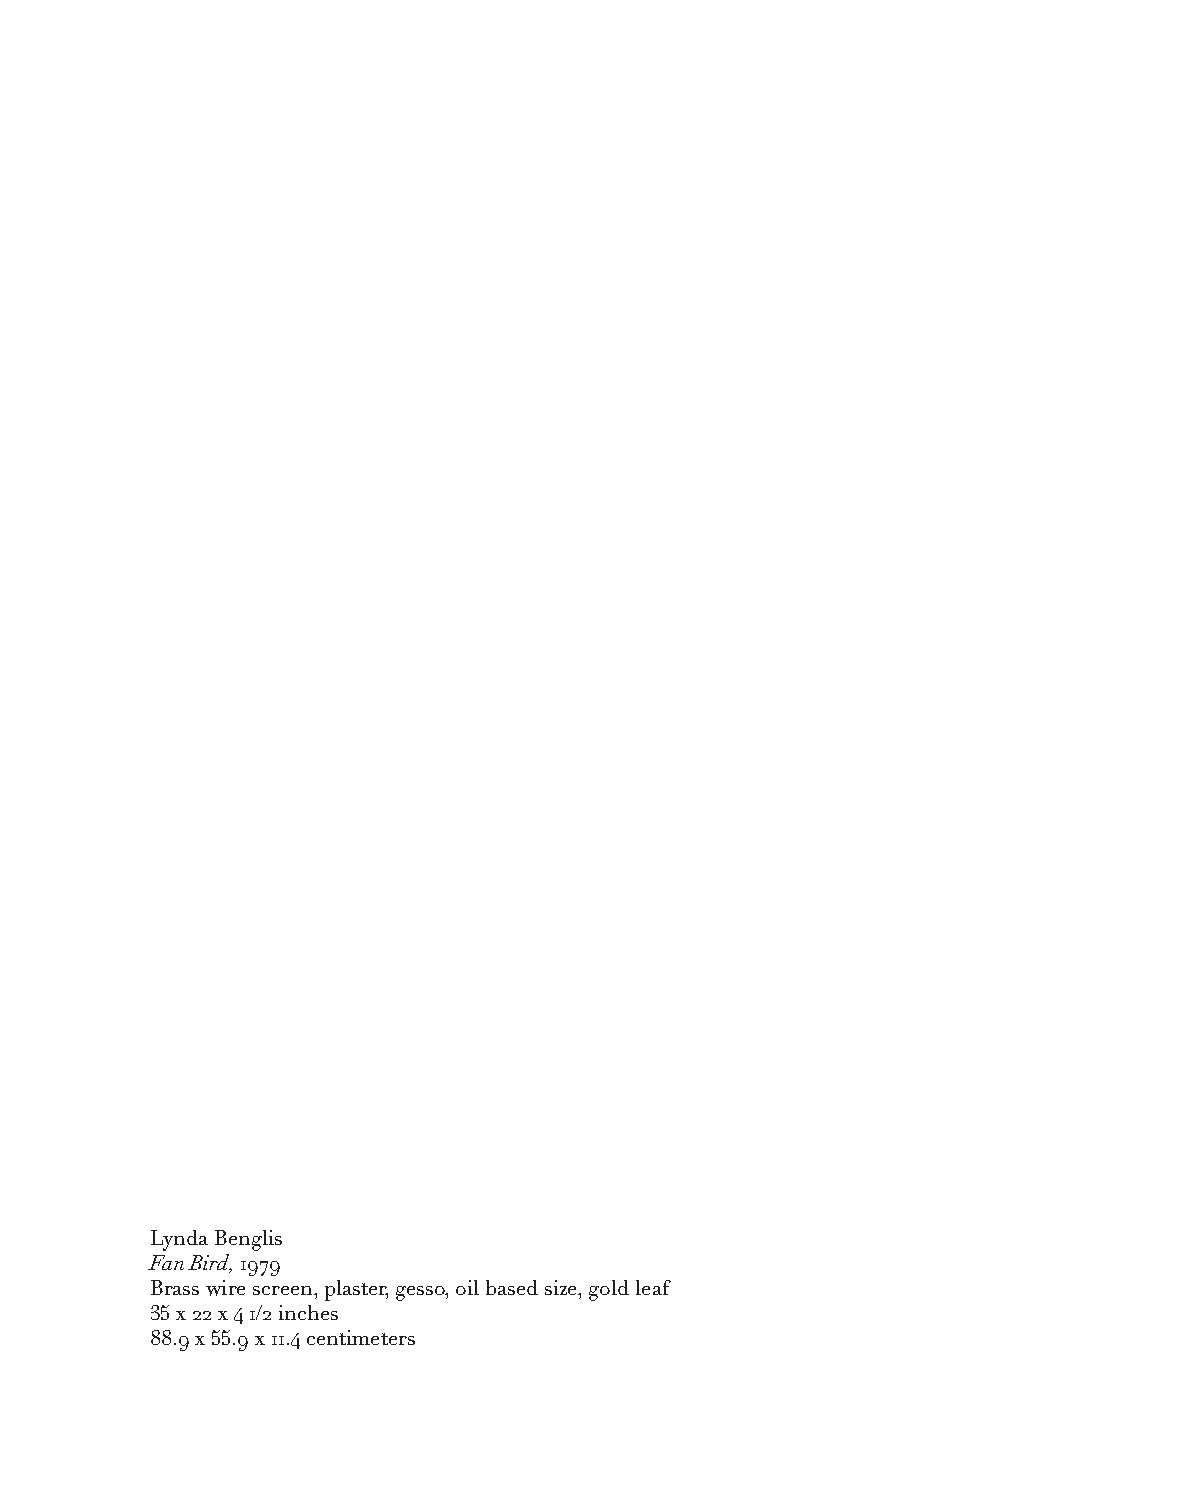
Lynda Benglis
 Fan Bird, 1979
 Brass wire screen, plaster, gesso, oil based size, gold leaf
 35 x 22 x 4 1/2 inches
 88.9 x 55.9 x 11.4 centimeters